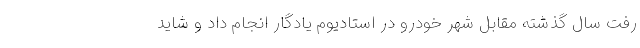
رفت سال گذشته مقابل شهر خودرو در استادیوم یادگار انجام داد و شاید